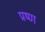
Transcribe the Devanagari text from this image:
प्रष्ण